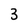
Character: 3